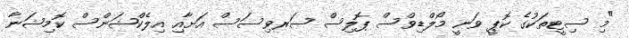
"މި ސިޓީތަކުގެ ކޮޕީ ވަނީ މޯލްޑިވްސް ޕޮލިސް ސަރވިސަސް އަށާއި އިލެކްޝަންސް ކޮމިޝަނާ